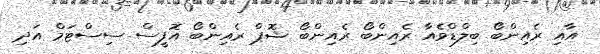
އާއި ރެއިންބޯ ބިލްޑްވެއާ ރެއިންބޯ ރެެއިންބޯ ޝޮޕް ރެއިންބޯ އޮފީސް ސިސްޓަމް އަދި